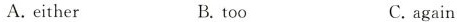
A. either B. too C. again